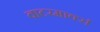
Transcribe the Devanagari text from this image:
वाटरमार्क्स